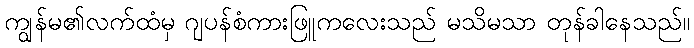
ကျွန်မ၏လက်ထံမှ ဂျပန်စံကားဖြူကလေးသည် မသိမသာ တုန်ခါနေသည်။